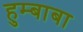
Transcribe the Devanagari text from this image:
हुम्बाबा